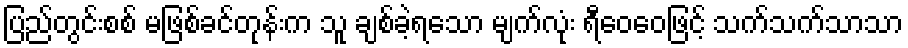
ပြည်တွင်းစစ် မဖြစ်ခင်တုန်းက သူ ချစ်ခဲ့ရသော မျက်လုံး ရီဝေဝေဖြင့် သက်သက်သာသာ